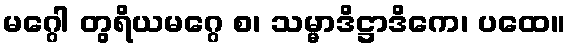
မဂ္ဂေါ တွရိယမဂ္ဂေ စ၊ သမ္မာဒိဋ္ဌာဒိကေ၊ ပထေ။